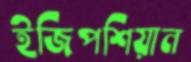
ইজিপশিয়ান